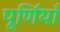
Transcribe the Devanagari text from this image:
पूर्णियाँ